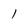
Character: l